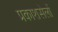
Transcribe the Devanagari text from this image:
प्रकाशसेलों